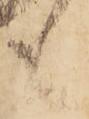
も